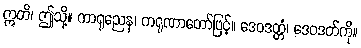
ဣတိ၊ ဤသို့။ ကာရုညေန၊ ကရုဏာတော်ဖြင့်။ ဒေဝဒတ္တံ၊ ဒေဝဒတ်ကို။